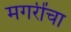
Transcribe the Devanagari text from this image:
मगरींचा